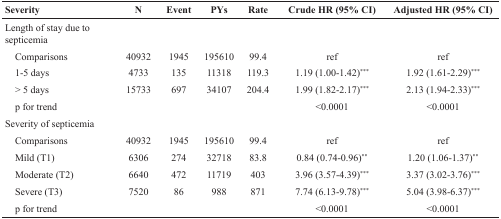
| Severity | N | Event | PYs | Rate | Crude HR (95% CI) | Adjusted HR (95% CI) |
 | --- | --- | --- | --- | --- | --- | --- |
 | Length of stay due to septicemia |  |  |  |  |  |  |
 | Comparisons | 40932 | 1945 | 195610 | 99.4 | ref | ref |
 | 1-5 days | 4733 | 135 | 11318 | 119.3 | 1.19 (1.00-1.42)*** | 1.92 (1.61-2.29)*** |
 | > 5 days | 15733 | 697 | 34107 | 204.4 | 1.99 (1.82-2.17)*** | 2.13 (1.94-2.33)*** |
 | p for trend |  |  |  |  | <0.0001 | <0.0001 |
 | Severity of septicemia |  |  |  |  |  |  |
 | Comparisons | 40932 | 1945 | 195610 | 99.4 | ref | ref |
 | Mild (T1) | 6306 | 274 | 32718 | 83.8 | 0.84 (0.74-0.96)** | 1.20 (1.06-1.37)** |
 | Moderate (T2) | 6640 | 472 | 11719 | 403 | 3.96 (3.57-4.39)*** | 3.37 (3.02-3.76)*** |
 | Severe (T3) | 7520 | 86 | 988 | 871 | 7.74 (6.13-9.78)*** | 5.04 (3.98-6.37)*** |
 | p for trend |  |  |  |  | <0.0001 | <0.0001 |